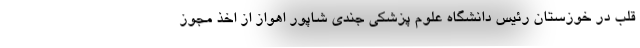
قلب در خوزستان رئیس دانشگاه علوم پزشکی جندی شاپور اهواز از اخذ مجوز